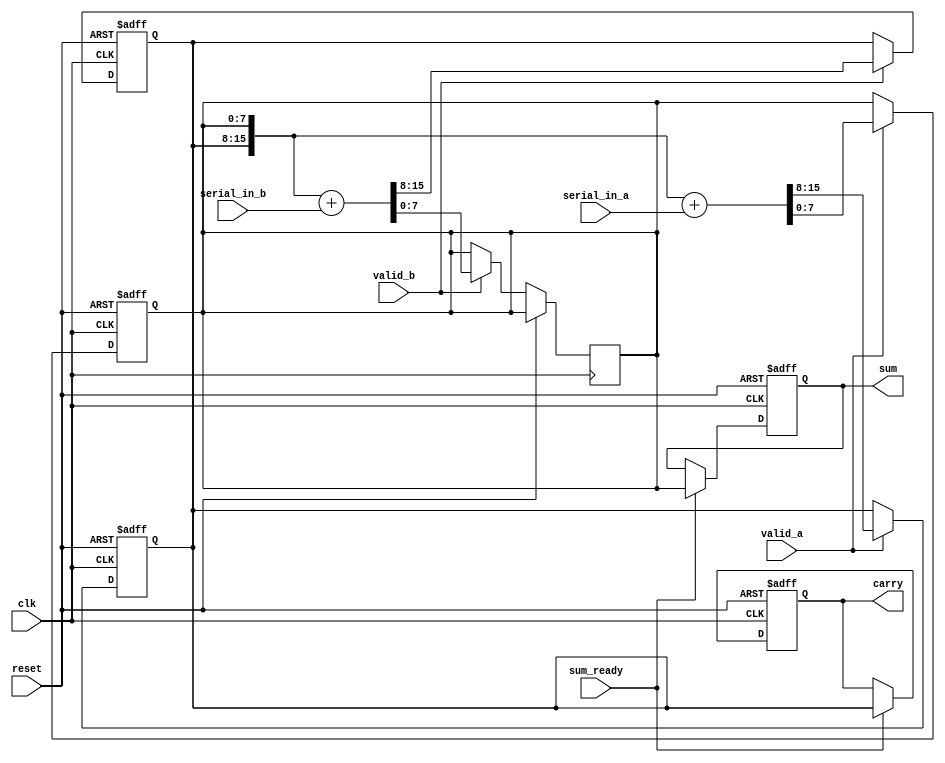
module carry_save_adder (
    input wire clk,
    input wire reset,
    input wire serial_in_a,  // Serial input for first number
    input wire serial_in_b,  // Serial input for second number
    input wire valid_a,      // Signal to indicate valid input for A
    input wire valid_b,      // Signal to indicate valid input for B
    input wire sum_ready,    // Signal to indicate when the sum is ready to be output
    output reg [7:0] sum,    // Sum output
    output reg [7:0] carry   // Carry output
);

    // Internal registers for the carry and sum
    reg [7:0] sum_reg;
    reg [7:0] carry_reg;
    reg [3:0] bit_count_a;
    reg [3:0] bit_count_b;

    // Initialize registers
    initial begin
        sum_reg = 0;
        carry_reg = 0;
        bit_count_a = 0;
        bit_count_b = 0;
    end

    // Process serial inputs for number A
    always @(posedge clk or posedge reset) begin
        if (reset) begin
            sum_reg <= 0;
            carry_reg <= 0;
            bit_count_a <= 0;
        end else if (valid_a) begin
            // Update sum and carry for input A
            {carry_reg, sum_reg} <= {carry_reg, sum_reg} + {7'b0, serial_in_a}; // Adding new bit of A
            bit_count_a <= bit_count_a + 1;
        end
    end

    // Process serial inputs for number B
    always @(posedge clk or posedge reset) begin
        if (reset) begin
            carry_reg <= 0;
            bit_count_b <= 0;
        end else if (valid_b) begin
            // Update sum and carry for input B
            {carry_reg, sum_reg} <= {carry_reg, sum_reg} + {7'b0, serial_in_b}; // Adding new bit of B
            bit_count_b <= bit_count_b + 1;
        end
    end

    // Final summation when all bits have been received
    always @(posedge clk or posedge reset) begin
        if (reset) begin
            sum <= 0;
            carry <= 0;
        end else if (sum_ready) begin
            sum <= sum_reg;
            carry <= carry_reg;
        end
    end

endmodule